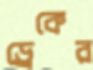
ড্রেকের